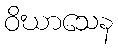
ဝိဃာသေန